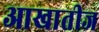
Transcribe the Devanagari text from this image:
आखातीज